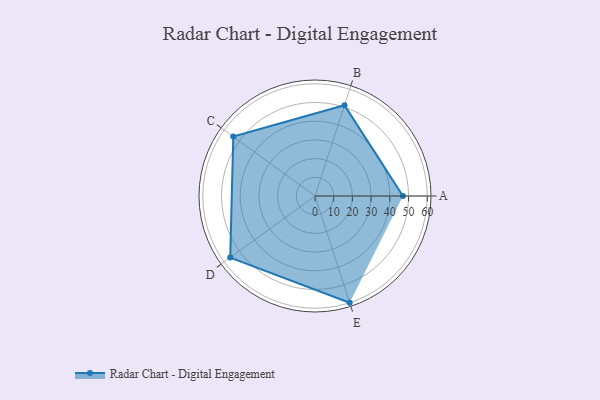
{"axis": {"x": "Skill", "y": "Score"}, "legend": ["Profile"], "data": [{"x": "A", "y": 47.0, "type": "Profile"}, {"x": "B", "y": 51.0, "type": "Profile"}, {"x": "C", "y": 54.0, "type": "Profile"}, {"x": "D", "y": 56.0, "type": "Profile"}, {"x": "E", "y": 60.0, "type": "Profile"}]}